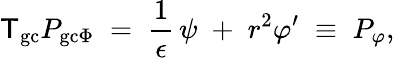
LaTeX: {\sf T}_{\mathrm{gc}}P_{\mathrm{gc}\Phi}\; =\; \frac{1}{\epsilon}\, \psi\; +\; r^{2}\varphi^{\prime}\; \equiv\; P_{\varphi},